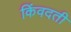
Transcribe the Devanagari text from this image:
किंवदती